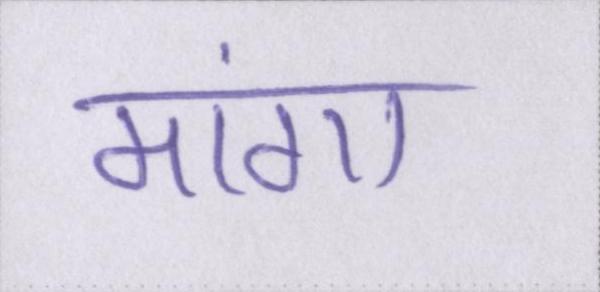
मांगा